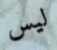
ليس